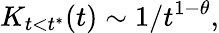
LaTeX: K_{t<t^{*}}(t)\sim 1/t^{1-\theta},